65_HS1-834228961_62-HQ-83894_Section_4
Agency: FBI
Page 183
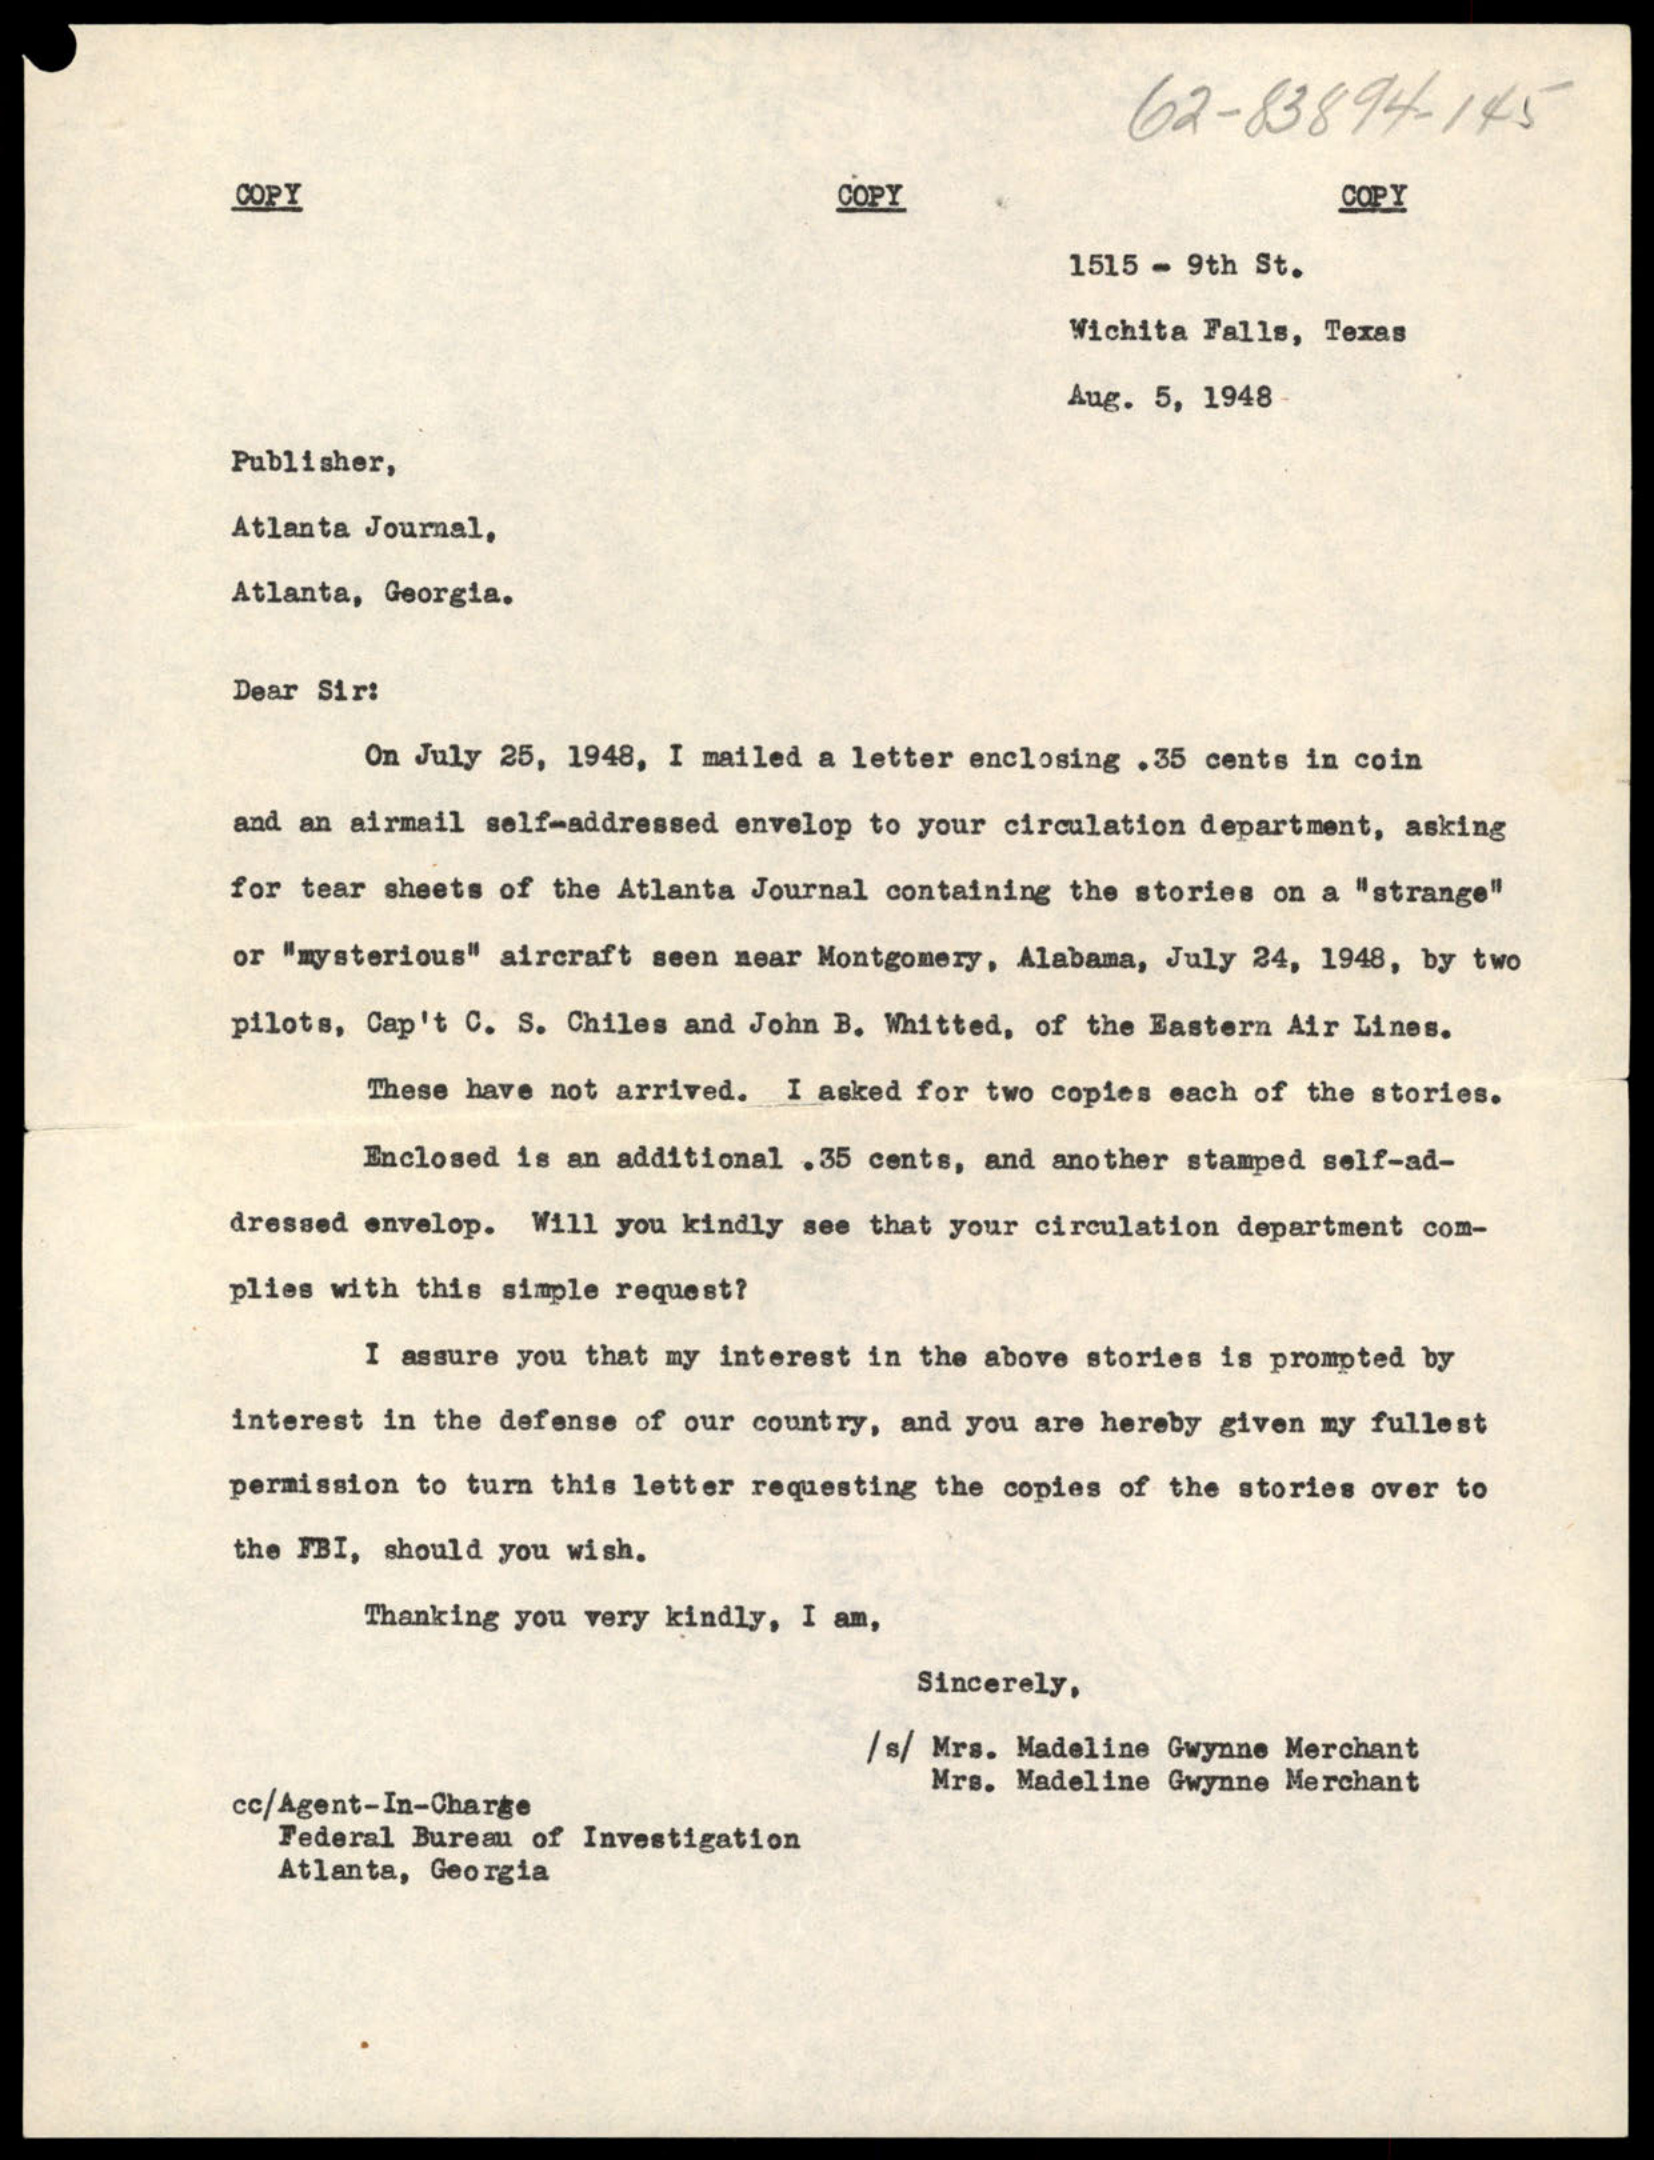